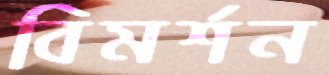
বিমর্শন